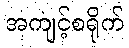
အကျင့်စရိုက်